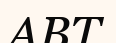
АВТ